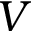
V